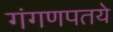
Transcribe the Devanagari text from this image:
गंगणपतये